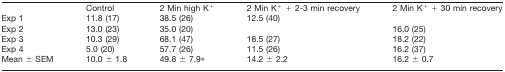
<table><thead><tr><td></td><td><b>Control</b></td><td><b>2 Min high K<sup>+</sup></b></td><td><b>2 Min K<sup>+</sup> + 2-3 min recovery</b></td><td><b>2 Min K<sup>+</sup> + 30 min recovery</b></td></tr></thead><tbody><tr><td>Exp 1</td><td>11.8 (17)</td><td>38.5 (26)</td><td>12.5 (40)</td><td></td></tr><tr><td>Exp 2</td><td>13.0 (23)</td><td>35.0 (20)</td><td></td><td>16.0 (25)</td></tr><tr><td>Exp 3</td><td>10.3 (29)</td><td>68.1 (47)</td><td>18.5 (27)</td><td>18.2 (22)</td></tr><tr><td>Exp 4</td><td>5.0 (20)</td><td>57.7 (26)</td><td>11.5 (26)</td><td>16.2 (37)</td></tr><tr><td>Mean ± SEM</td><td>10.0 ± 1.8</td><td>49.8 ± 7.9*</td><td>14.2 ± 2.2</td><td>16.2 ± 0.7</td></tr></tbody></table>